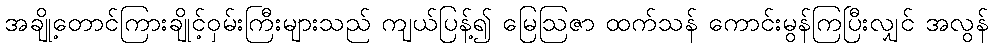
အချို့တောင်ကြားချိုင့်ဝှမ်းကြီးများသည် ကျယ်ပြန့်၍ မြေဩဇာ ထက်သန် ကောင်းမွန်ကြပြီးလျှင် အလွန်